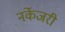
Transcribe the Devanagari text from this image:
नर्केजरी